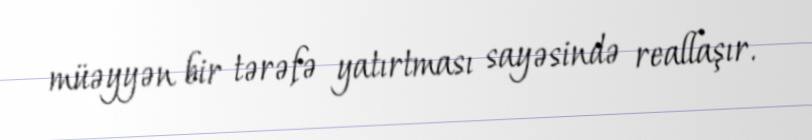
müəyyən bir tərəfə yatırtması sayəsində reallaşır.